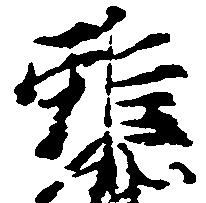
雖